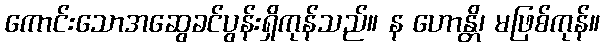
ကောင်းသောအဆွေခင်ပွန်းရှိကုန်သည်။ န ဟောန္တိ၊ မဖြစ်ကုန်။